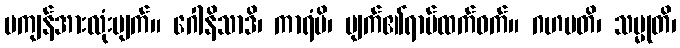
မကျန်အားလုံးပျက်။ ဂေါနိသာဒိ၊ ကာရံမိ၊ ပျက်၏ရာမ်ထက်ဝက်။ ဂဟပတိ၊ သမ္မုတိ၊